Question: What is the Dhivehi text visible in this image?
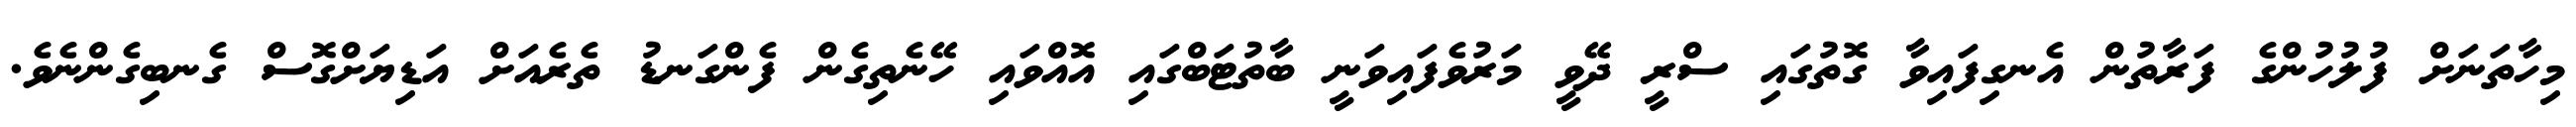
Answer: މިހާތަނަށް ފުލުހުންގެ ފަރާތުން އެނގިފައިވާ ގޮތުގައި ސްރީ ދޭވީ މަރުވެފައިވަނީ ބާތުޓަބްގައި އޮއްވައި ހޭނެތިގެން ފެންގަނޑު ތެރެއަށް އަޑިޔަށްގޮސް ގެނބިގެންނެވެ.